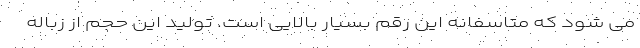
می شود که متاسفانه این رقم بسیار بالایی است. تولید این حجم از زباله